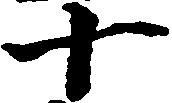
十